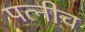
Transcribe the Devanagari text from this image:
पत्नीच